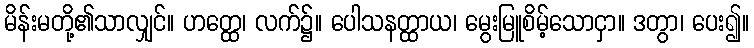
မိန်းမတို့၏သာလျှင်။ ဟတ္ထေ၊ လက်၌။ ပေါသနတ္ထာယ၊ မွေးမြူစိမ့်သောငှာ။ ဒတွာ၊ ပေး၍။